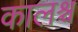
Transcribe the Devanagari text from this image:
कालश्च